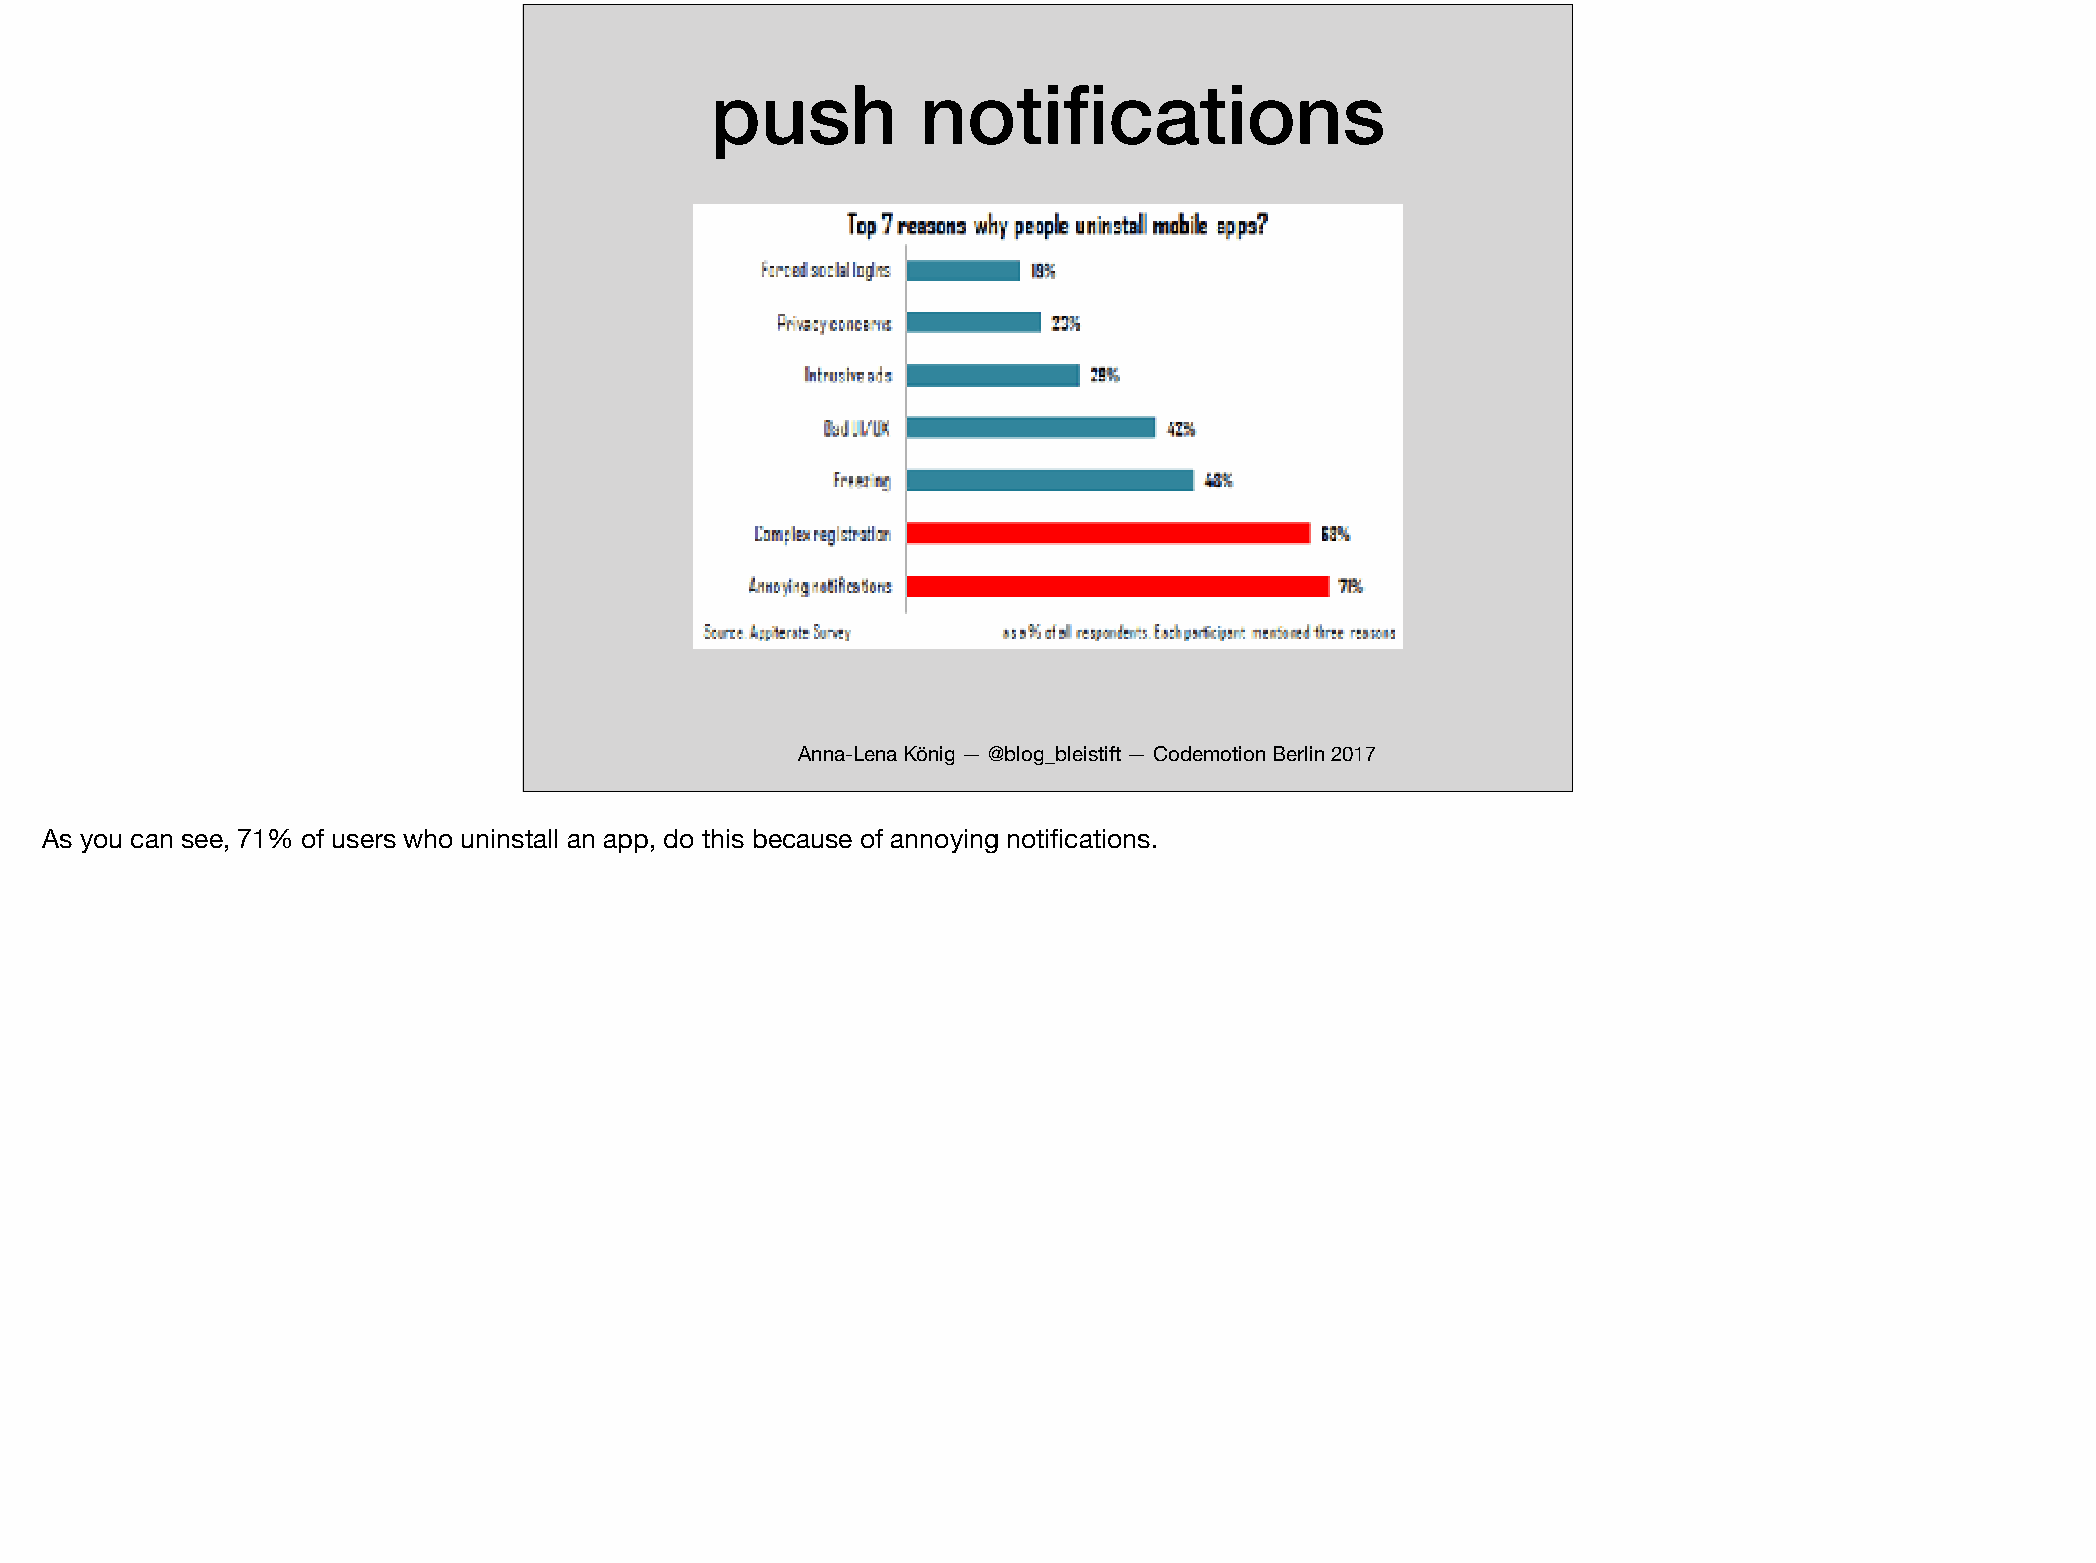
push          notifications
 Anna-Lena König — @blog_bleistift — Codemotion Berlin 2017
 As you can see, 71% of users who uninstall an app, do this because of annoying notifications.